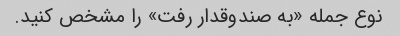
نوع جمله «به صندوقدار رفت» را مشخص کنید.